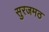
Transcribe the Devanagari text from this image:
सुरजमठ